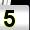
Digit: 5